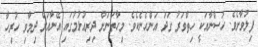
ފިލުވާށެވެ. ހުސްނާއަކީ ހިތްވަރު ގަދަ އަންހެނެކެވެ. މިހާތަނަށް ދިރިއުޅުމުގައި އޭނާއަށް ދިމާވި ހުރިހާ